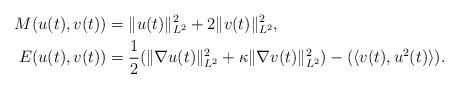
LaTeX: \begin{align*}M(u(t),v(t)) &= \|u(t)\|^2_{L^2} + 2 \|v(t)\|^2_{L^2}, \\E(u(t),v(t)) &= \frac{1}{2} (\|\nabla u(t)\|^2_{L^2} + \kappa \|\nabla v(t)\|^2_{L^2} ) - ( \langle v(t), u^2(t)\rangle).\end{align*}